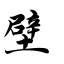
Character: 壁